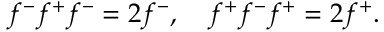
f ^ { - } f ^ { + } f ^ { - } = 2 f ^ { - } , \quad f ^ { + } f ^ { - } f ^ { + } = 2 f ^ { + } .